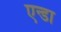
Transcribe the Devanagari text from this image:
एन्डा